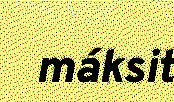
máksit